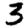
Digit: 3